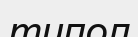
типол